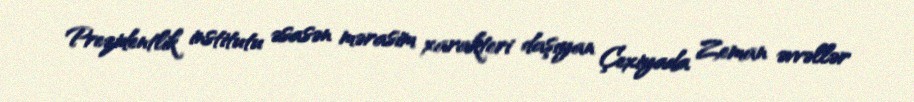
Prezidentlik institutu əsasən mərasim xarakteri daşıyan Çexiyada Zeman əvvəllər